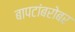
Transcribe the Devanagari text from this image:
बापटांबरोबर